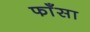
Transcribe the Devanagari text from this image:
फाँसा